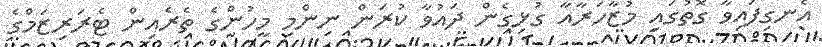
އެނގިފައިވާ ގޮތުގައި މުޒާހަރާއާ ގުޅިގެން ދައުވާ ކުރަން ނިންމި މީހުންގެ ތެރެއިން ޓެރަރިޒަމްގެ